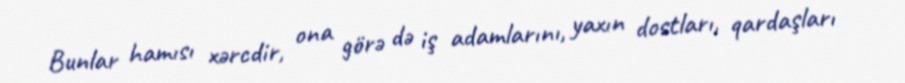
Bunlar hamısı xərcdir, ona görə də iş adamlarını, yaxın dostları, qardaşları